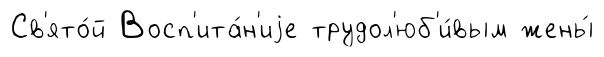
Св'ято́й Восп'ита́н'иjе трудол'юб'и́вым жены́